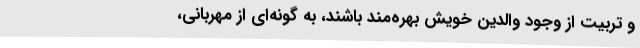
و تربیت از وجود والدین خویش بهره‌مند باشند، به گونه‌ای از مهربانی،